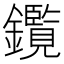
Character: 鑬